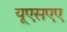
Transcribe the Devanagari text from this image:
यूएसएए